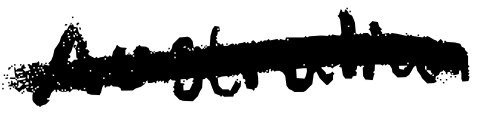
Text: Australian
Cross-out: single-line
Writing tool: digital_black